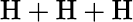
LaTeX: \mathrm{H}+\mathrm{H}+\mathrm{H}